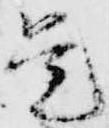
是